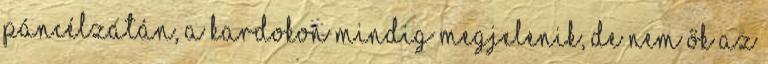
páncélzatán, a kardokon mindig megjelenik, de nem ők az